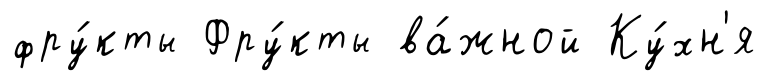
фру́кты Фру́кты ва́жной Ку́хн'я